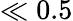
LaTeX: \ll 0.5